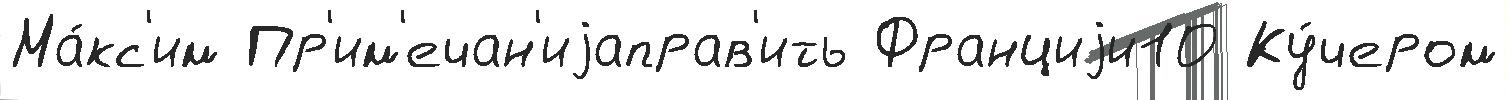
Ма́кс'им Пр'им'ечан'иjаправ'ить Франциjи10 Ку́чером